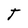
Character: T